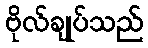
ဗိုလ်ချုပ်သည်